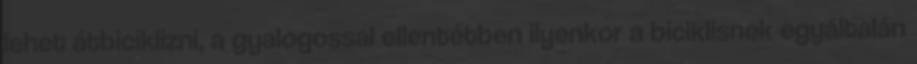
lehet átbiciklizni, a gyalogossal ellentétben ilyenkor a biciklisnek egyáltalán